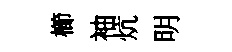
櫛袖炕明